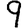
Digit: 9